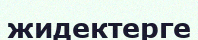
жидектерге